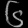
Digit: ၆